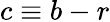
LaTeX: c\equiv b-r